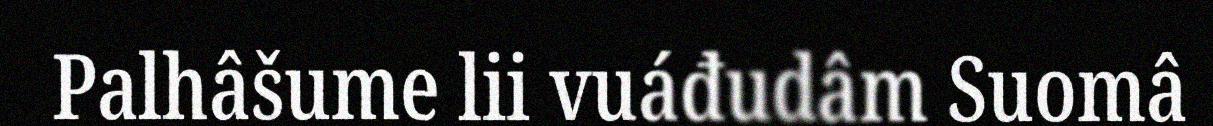
Palhâšume lii vuáđudâm Suomâ